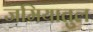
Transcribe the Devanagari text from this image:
जमियातुल